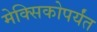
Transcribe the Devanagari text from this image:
मेक्सिकोपर्यंत